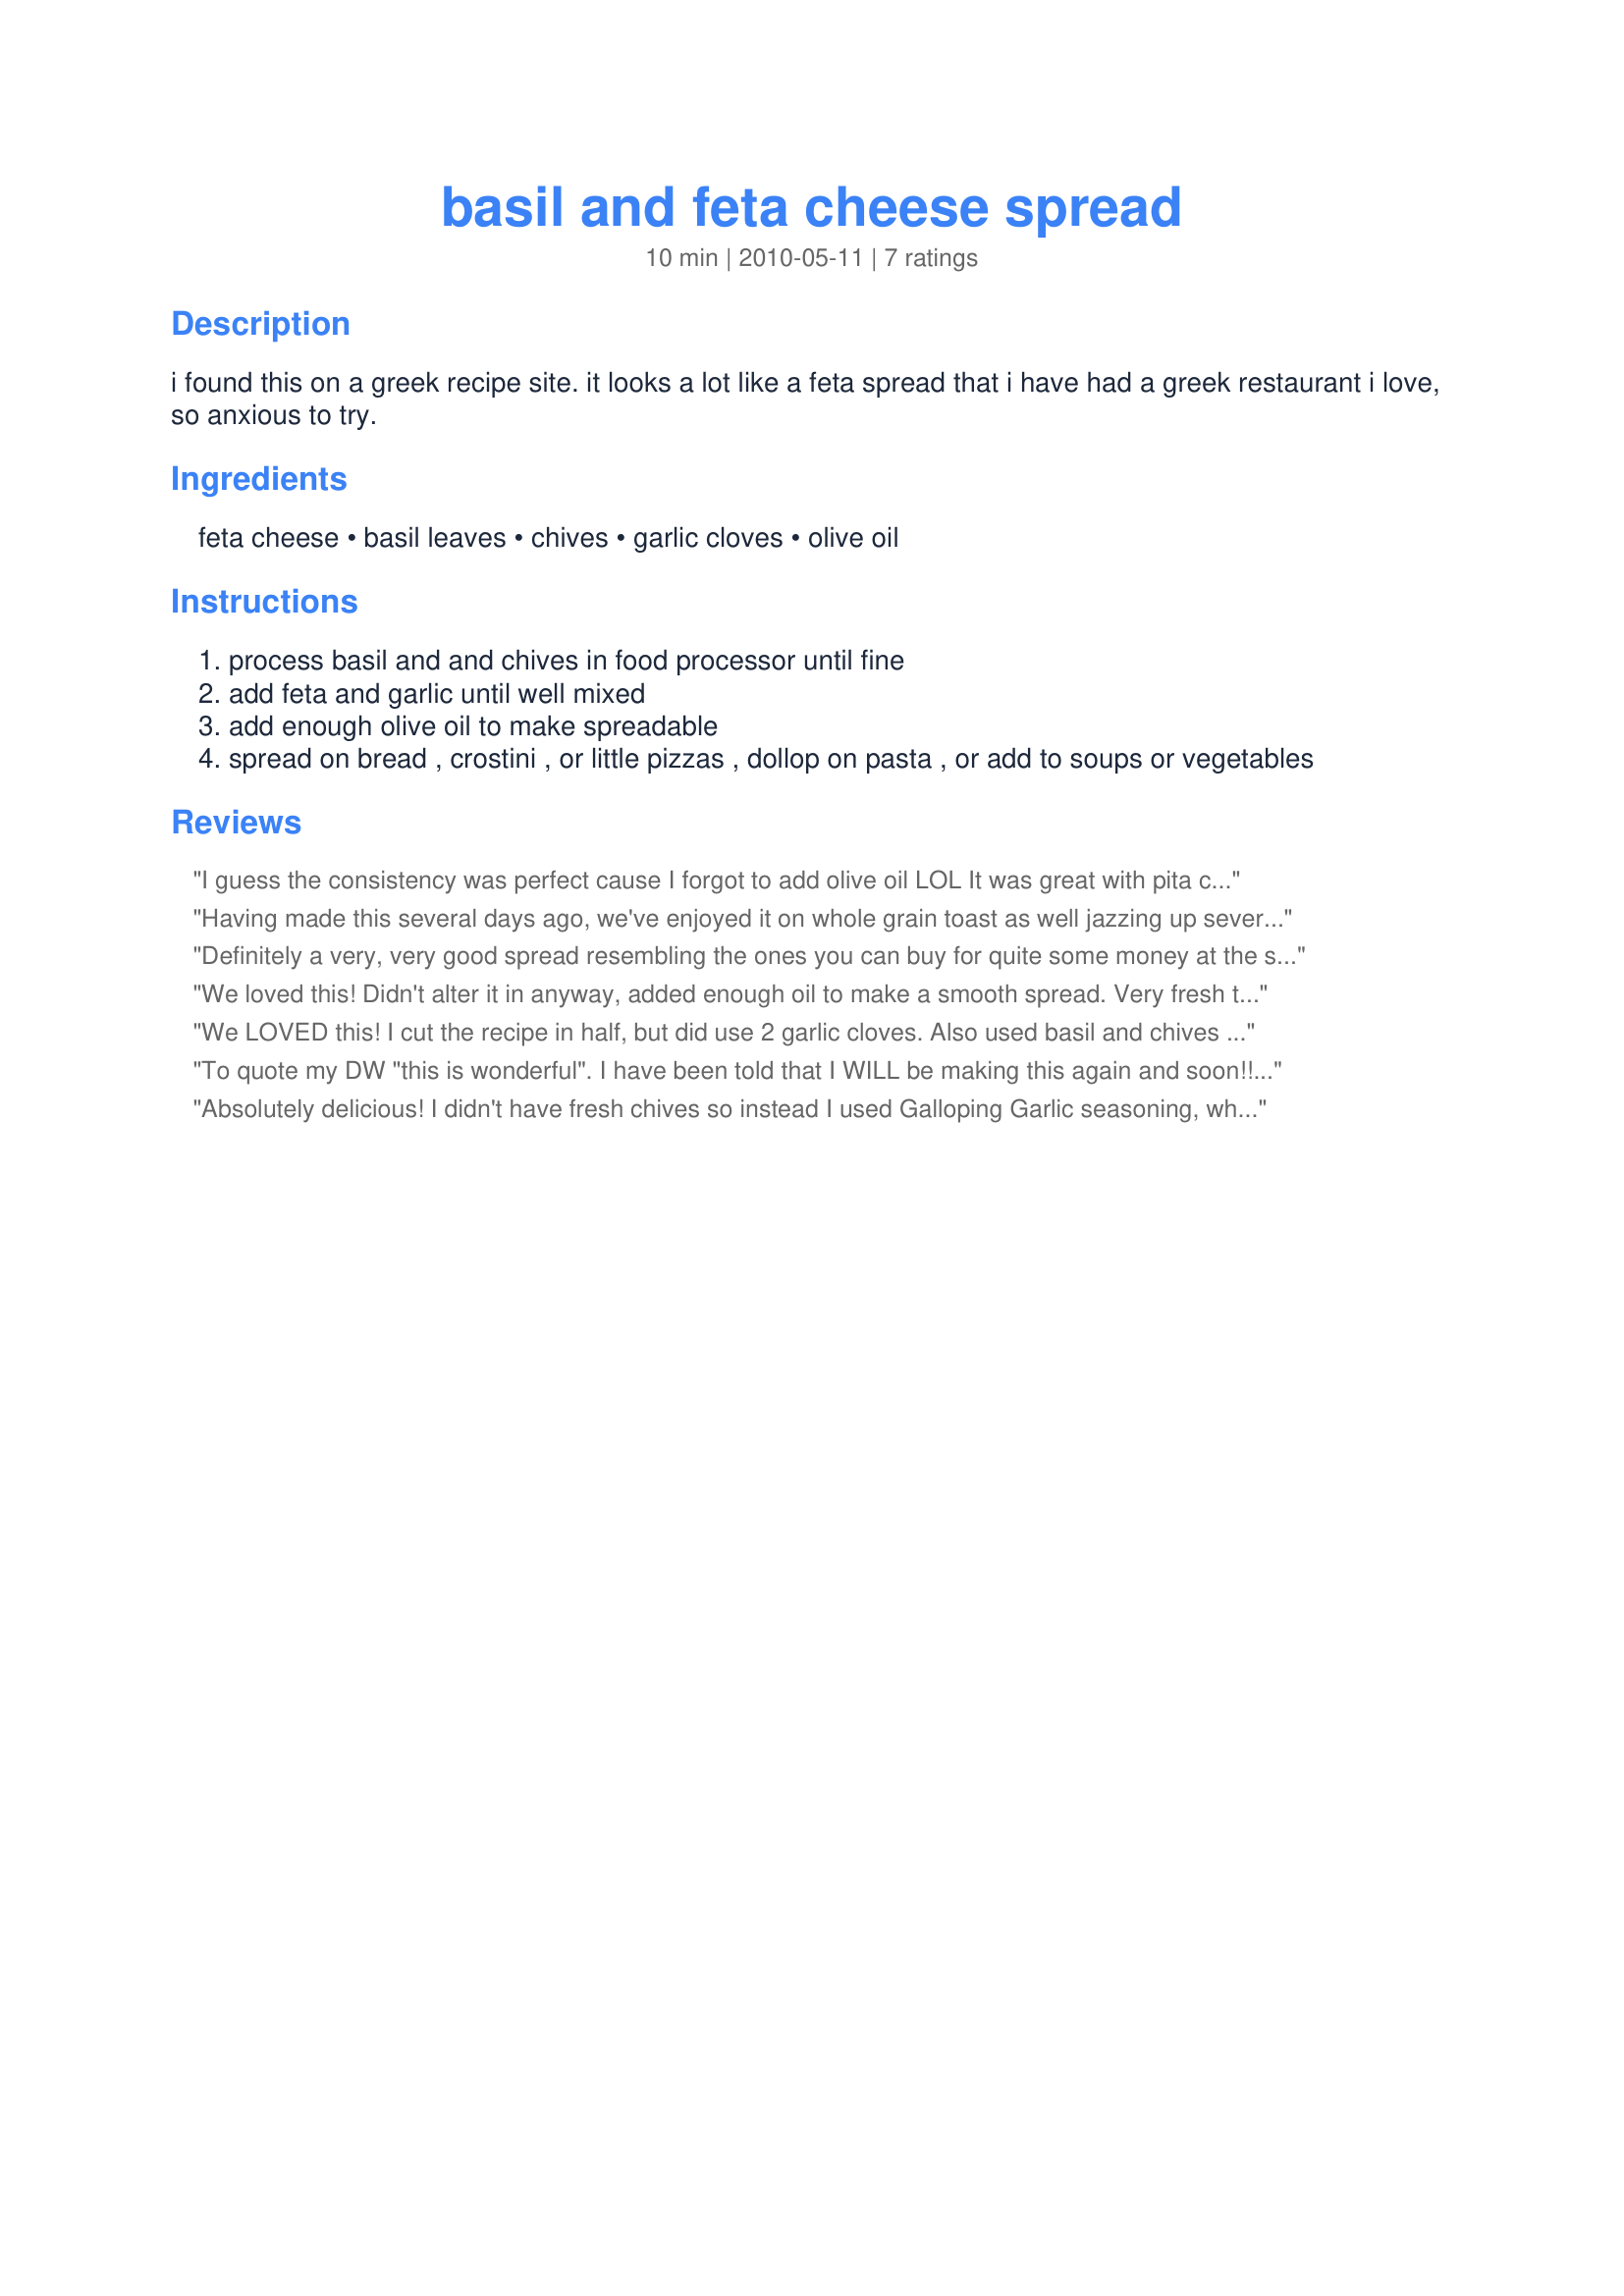
basil and feta cheese spread
Preparation time: 10 minutes

i found this on a greek recipe site. it looks a lot like a feta spread that i have had a greek restaurant i love, so anxious to try.

Ingredients:
feta cheese, basil leaves, chives, garlic cloves, olive oil

Steps:
process basil and and chives in food processor until fine
add feta and garlic until well mixed
add enough olive oil to make spreadable
spread on bread , crostini , or little pizzas , dollop on pasta , or add to soups or vegetables

Reviews:
I guess the consistency was perfect cause I forgot to add olive oil LOL It was great with pita chips grilled on the bbq. Great taste. I'll do it again. Thanks Iewe :) Made for Potluck tag
Having made this several days ago, we've enjoyed it on whole grain toast as well jazzing up several veggie dishes ~ A REALLY OUTSTANDING SPREAD! Thanks for sharing a great keeper of a recipe! [Made & reviewed while in Greece with ZWT6]
Definitely a very, very good spread resembling the ones you can buy for quite some money at the store.
I made half the recipe and ended up with quite a batch. It was so great, we all kept coming back for more and more. :)
I used 1 ts oil in half the recipe to get a nice thick spread. It was fluffy and chunky with such a great fresh summer taste. Mmmm, I will surely make this super recipe again.
THANK YOU SO MUCH for sharing it with us!
We loved this! Didn't alter it in anyway, added enough oil to make a smooth spread. Very fresh tasting, made for ZWT6
We LOVED this! I cut the recipe in half, but did use 2 garlic cloves. Also used basil and chives from my herb garden. Made with recipe #304628 and they were perfect together! Thanks for posting, iewe. Made for ZWT 6.
To quote my DW "this is wonderful". I have been told that I WILL be making this again and soon!!. I also got to use chives from my garden, the first cutting of the season. Basil also came from the garden. Made for ZWT6, Voracious Vagabonds.
Absolutely delicious! I didn't have fresh chives so instead I used Galloping Garlic seasoning, which has chives in it. I'll definitely be making this again!
